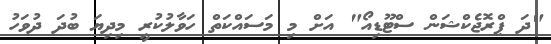
"ދަ ޕްރޮޖެކްޝަން ސްޓޫޑިއޯ" އަށް މި މަސައްކަތް ހަވާލުކުރީ މިދިޔަ ބުދަ ދުވަހު